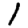
Digit: 1